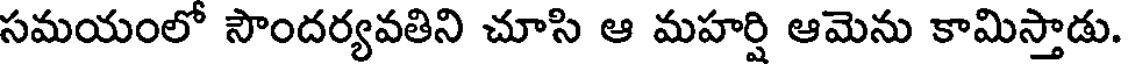
సమయంలో సౌందర్యవతిని చూసి ఆ మహర్షి ఆమెను కామిస్తాడు.